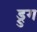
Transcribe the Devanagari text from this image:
ड्रुग